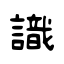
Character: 識